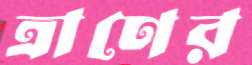
ত্রাণের